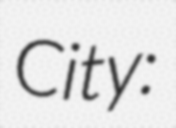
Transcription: City: